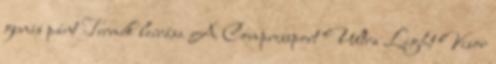
gumis pánt Termék leírása A Compressport Ultra Light Visor